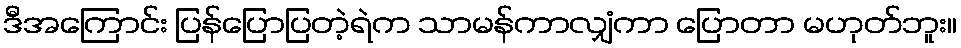
ဒီအကြောင်း ပြန်ပြောပြတဲ့ရဲက သာမန်ကာလျှံကာ ပြောတာ မဟုတ်ဘူး။